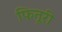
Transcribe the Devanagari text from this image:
फितूरी